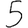
Digit: 5